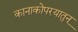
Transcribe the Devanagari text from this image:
कानाकोपरयातुन्